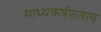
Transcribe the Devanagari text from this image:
माध्यकर्षणतत्व